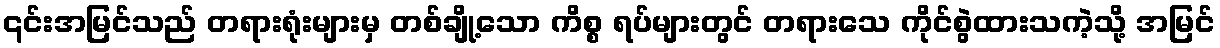
၎င်းအမြင်သည် တရားရုံးများမှ တစ်ချို့သော ကိစ္စ ရပ်များတွင် တရားသေ ကိုင်စွဲထားသကဲ့သို့ အမြင်